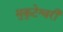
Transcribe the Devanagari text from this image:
मुकुटेश्वरी